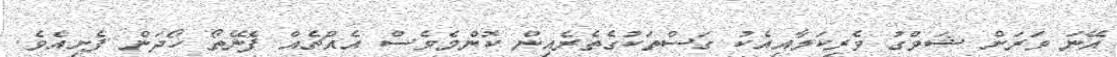
އޭނަ ވަރަށް ޝަވްގު ވެރިކަމާއިއެކު ގަސްތަކުގެތެރެއިން ކޮންމެވެސް އެއްޗެއް ފެނޭތޯ ހޯދަން ފެށިއެވެ.